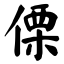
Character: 傈